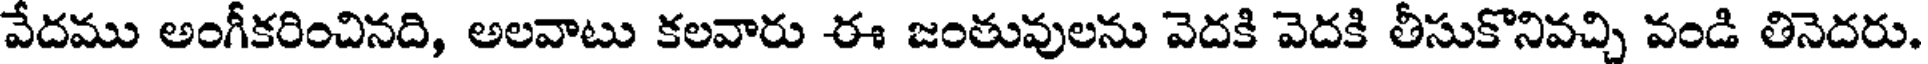
వేదము అంగీకరించినది, అలవాటు కలవారు ఈ జంతువులను వెదకి వెదకి తీసుకొనివచ్చి వండి తినెదరు.